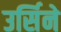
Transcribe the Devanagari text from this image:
उर्सिने